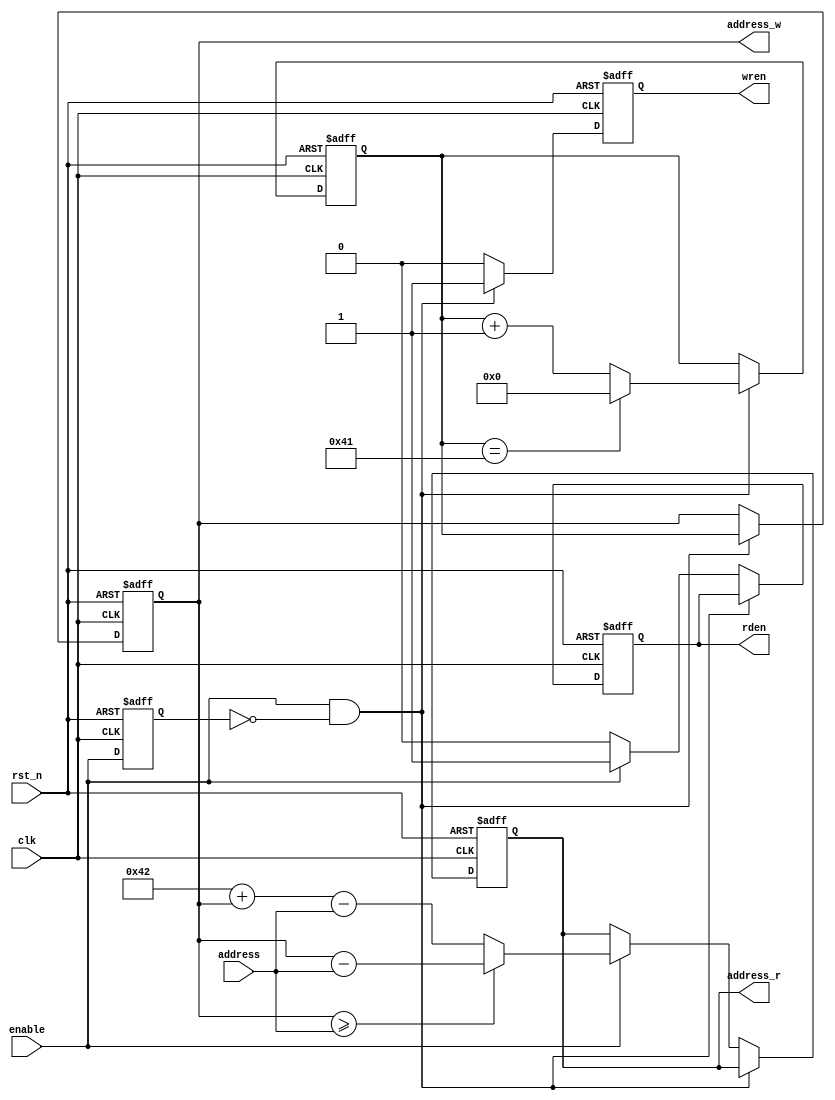
module address_x(clk,rst_n,enable,wren,rden,address_w,address_r,address);
input clk, rst_n, enable;
input [6:0]address;
output wren,rden;
output [6:0]address_w;
output [6:0]address_r;
reg wren,rden;
reg preenable;
reg [6:0]address_w;
reg [6:0]address_wr;
reg [6:0]address_r;
always @(posedge clk or negedge rst_n)
begin
if(!rst_n)
	begin
		wren <= 0;
		rden <= 0;
		address_wr <= 0;
		address_w <= 0;
		address_r <= 0;
		preenable <= 0;
	end
else
	begin
	preenable <= enable;
		if((enable==1'b1)&(preenable==0))
		begin
			address_w <= address_wr;
			if(address_wr == 65) address_wr <= 0;
			else address_wr <= address_wr + 1;
			wren = 1;
		end
		else if(enable==1'b1)
		begin
	        if(address_w >= address) address_r = address_w - address;
	        else  address_r = 66 + address_w - address;
	        rden = 1;
	        wren = 0;
	    end
	    else
	    begin
	        rden = 0;
	        wren = 0;
	    end
	end
end
endmodule